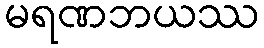
မရဏဘယဿ